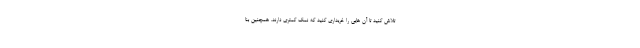
تلاش کنید تا آن هایی را خریداری کنید که نمک کمتری دارند. همچنین بنا